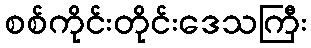
စစ်ကိုင်းတိုင်းဒေသကြီး